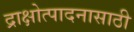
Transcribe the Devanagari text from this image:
द्राक्षोत्पादनासाठी